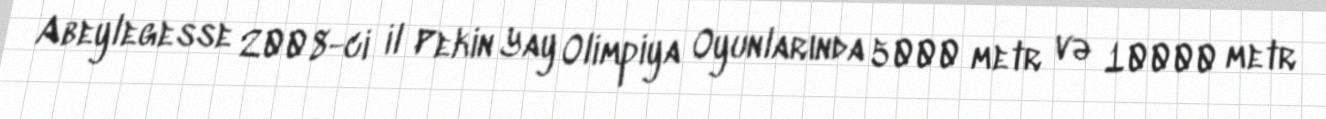
Abeylegesse 2008-ci il Pekin Yay Olimpiya Oyunlarında 5000 metr və 10000 metr